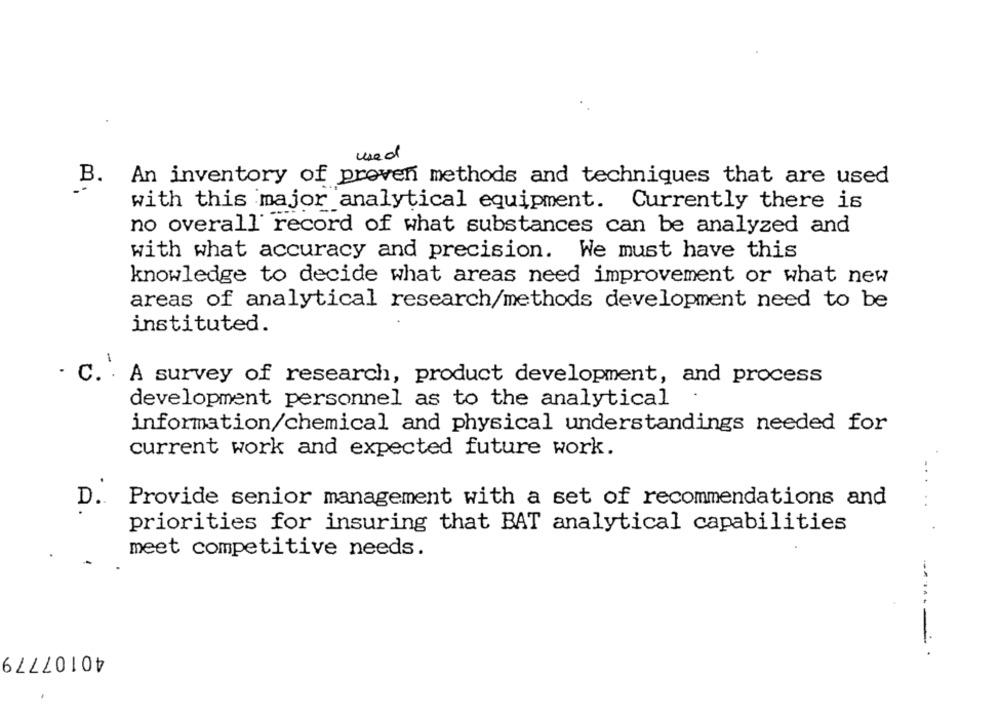
used
B.
An inventory of proven methods and techniques that are used
with this major analytical equipment. Currently there is
no overall record of what substances can be analyzed and
with what accuracy and precision. We must have this
knowledge to decide what areas need improvement or what new
areas of analytical research/methods development need to be
instituted.
-
· C. . A survey of research, product development, and process
development personnel as to the analytical
information/chemical and physical understandings needed for
current work and expected future work.
D. Provide senior management with a set of recommendations and
priorities for insuring that BAT analytical capabilities
meet competitive needs.
----
40107779